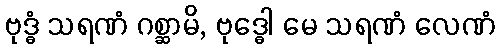
ဗုဒ္ဓံ သရဏံ ဂစ္ဆာမိ, ဗုဒ္ဓေါ မေ သရဏံ လေဏံ